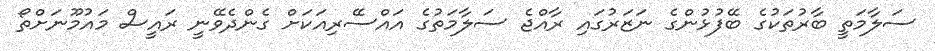
ސަލާމަތީ ބާރުތަކުގެ ބޭފުޅުންގެ ނަޒަރުގައި ރާއްޖެ ސަލާމަތުގެ އައްސޭރިއަކަށް ގެންދެވޭނީ ރައީސް މައުމޫނަށްތޯ